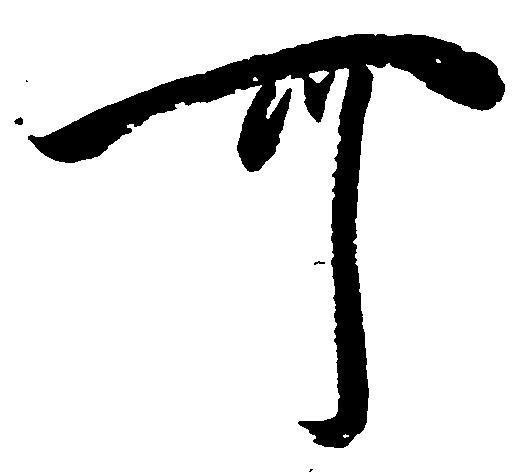
可